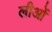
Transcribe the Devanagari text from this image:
लीओं